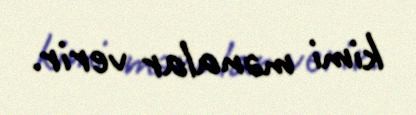
kimi mənalar verir.